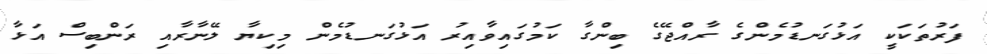
ފަރުތަކަކީ އަޅުގަނޑުމެންގެ ރާއްޖޭގެ ބިންގާ ކަމުގައިވާއިރު އަޅުގަނޑުމެން މިކިޔާ ލޭނާރާއި ރަންބިސް އަޅާ